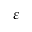
\varepsilon